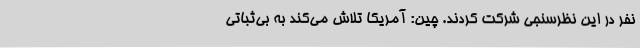
نفر در این نظرسنجی شرکت کردند. چین: آمریکا تلاش می‌کند به بی‌ثباتی